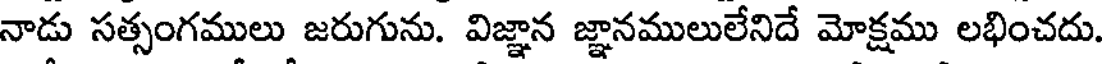
నాడు సత్సంగములు జరుగును. విజ్ఞాన జ్ఞానములులేనిదే మోక్షము లభించదు.